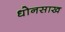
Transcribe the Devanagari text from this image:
धोनसाख